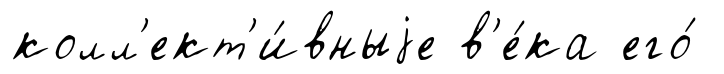
колл'ект'и́вныjе в'е́ка его́